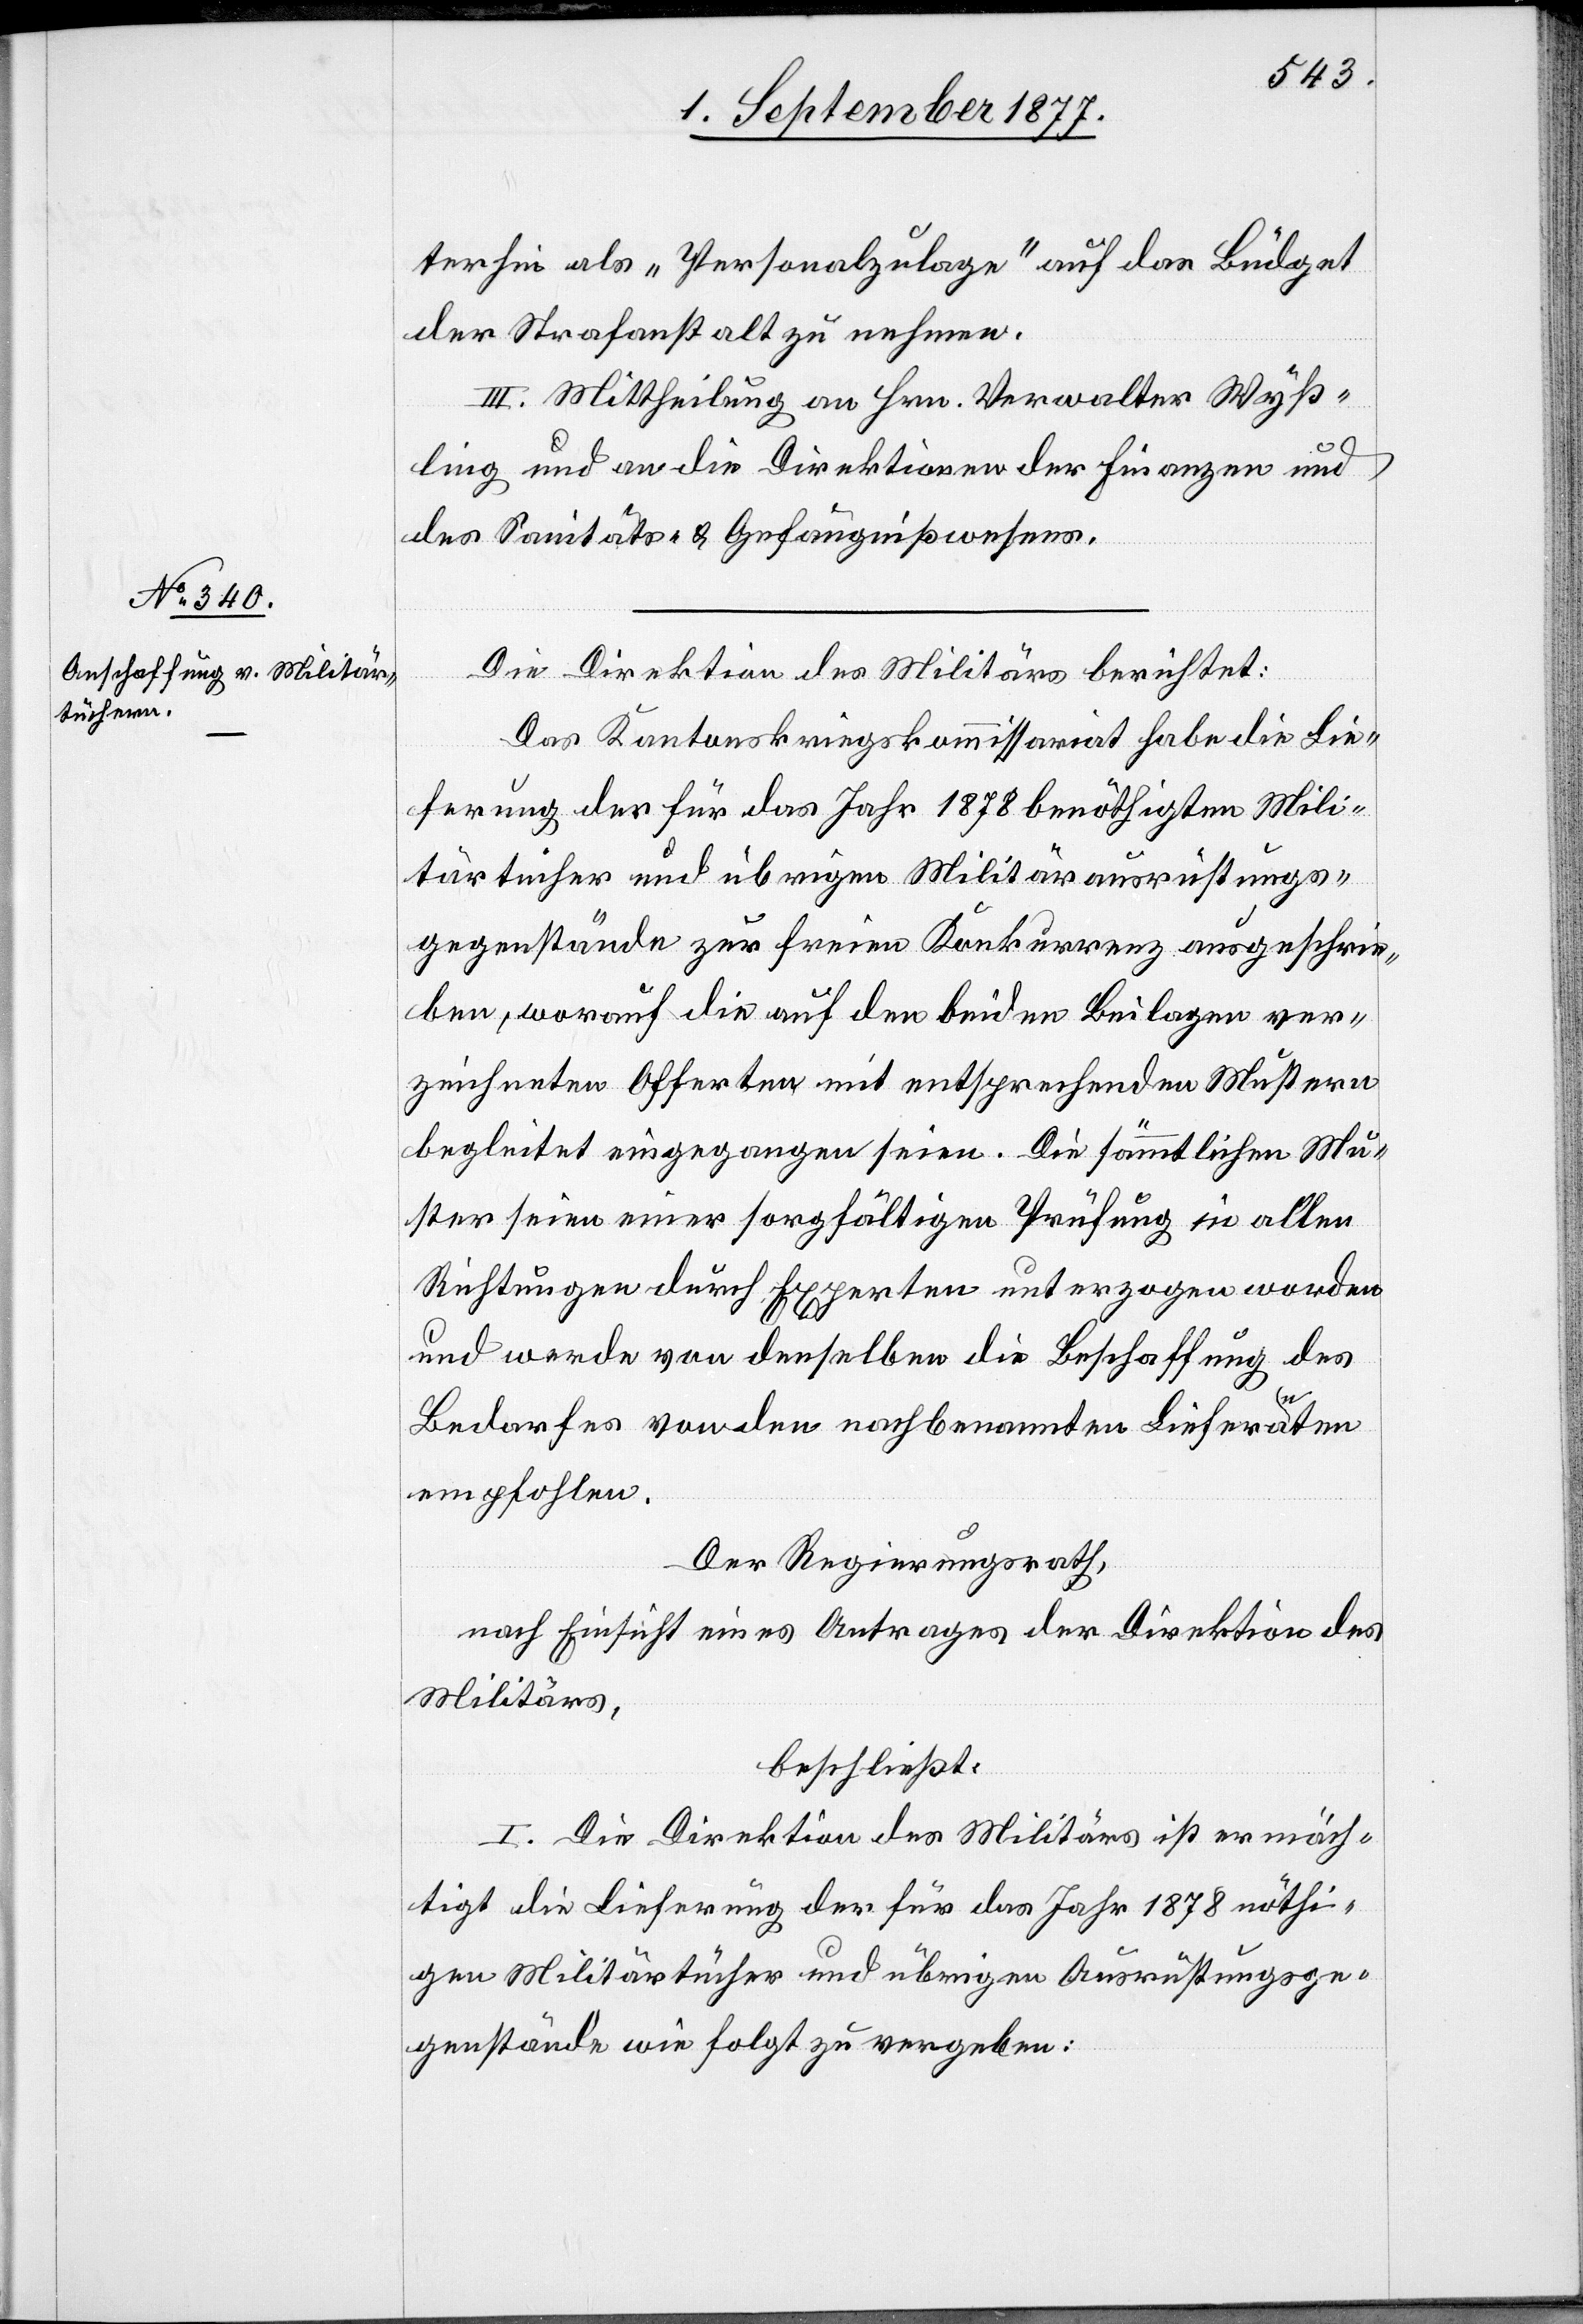
terhin als „Personalzulage“ auf das Büdget
der Strafanstalt zu nehmen.
III. Mittheilung an Hrn. Verwalter Wyß¬
ling und an die Direktionen der Finanzen und
des Sanitäts- & Gefängnißwesens.
Die Direktion des Militärs berichtet:
Das Kantonskriegskommissariat habe die Lie¬
ferung der für das Jahr 1878 benöthigten Mili¬
tärtücher und übrigen Militärausrüstungs¬
gegenstände zur freien Konkurrenz ausgeschrie¬
ben, worauf die auf den beiden Beilagen ver¬
zeichneten Offerten mit entsprechenden Mustern
begleitet eingegangen seien. Die sämmtlichen Mu¬
ster seien einer sorgfältigen Prüfung in allen
Richtungen durch Experten unterzogen worden
und werde von denselben die Beschaffung des
Bedarfes von den nachbenannten Lieferanten
empfohlen.
Der Regierungsrath,
nach Einsicht eines Antrages der Direktion des
Militärs,
beschließt:
I. Die Direktion des Militärs ist ermäch¬
tigt die Lieferung der für das Jahr 1878 nöthi¬
gen Militärtücher und übrigen Ausrüstungsge¬
genstände wie folgt zu vergeben: